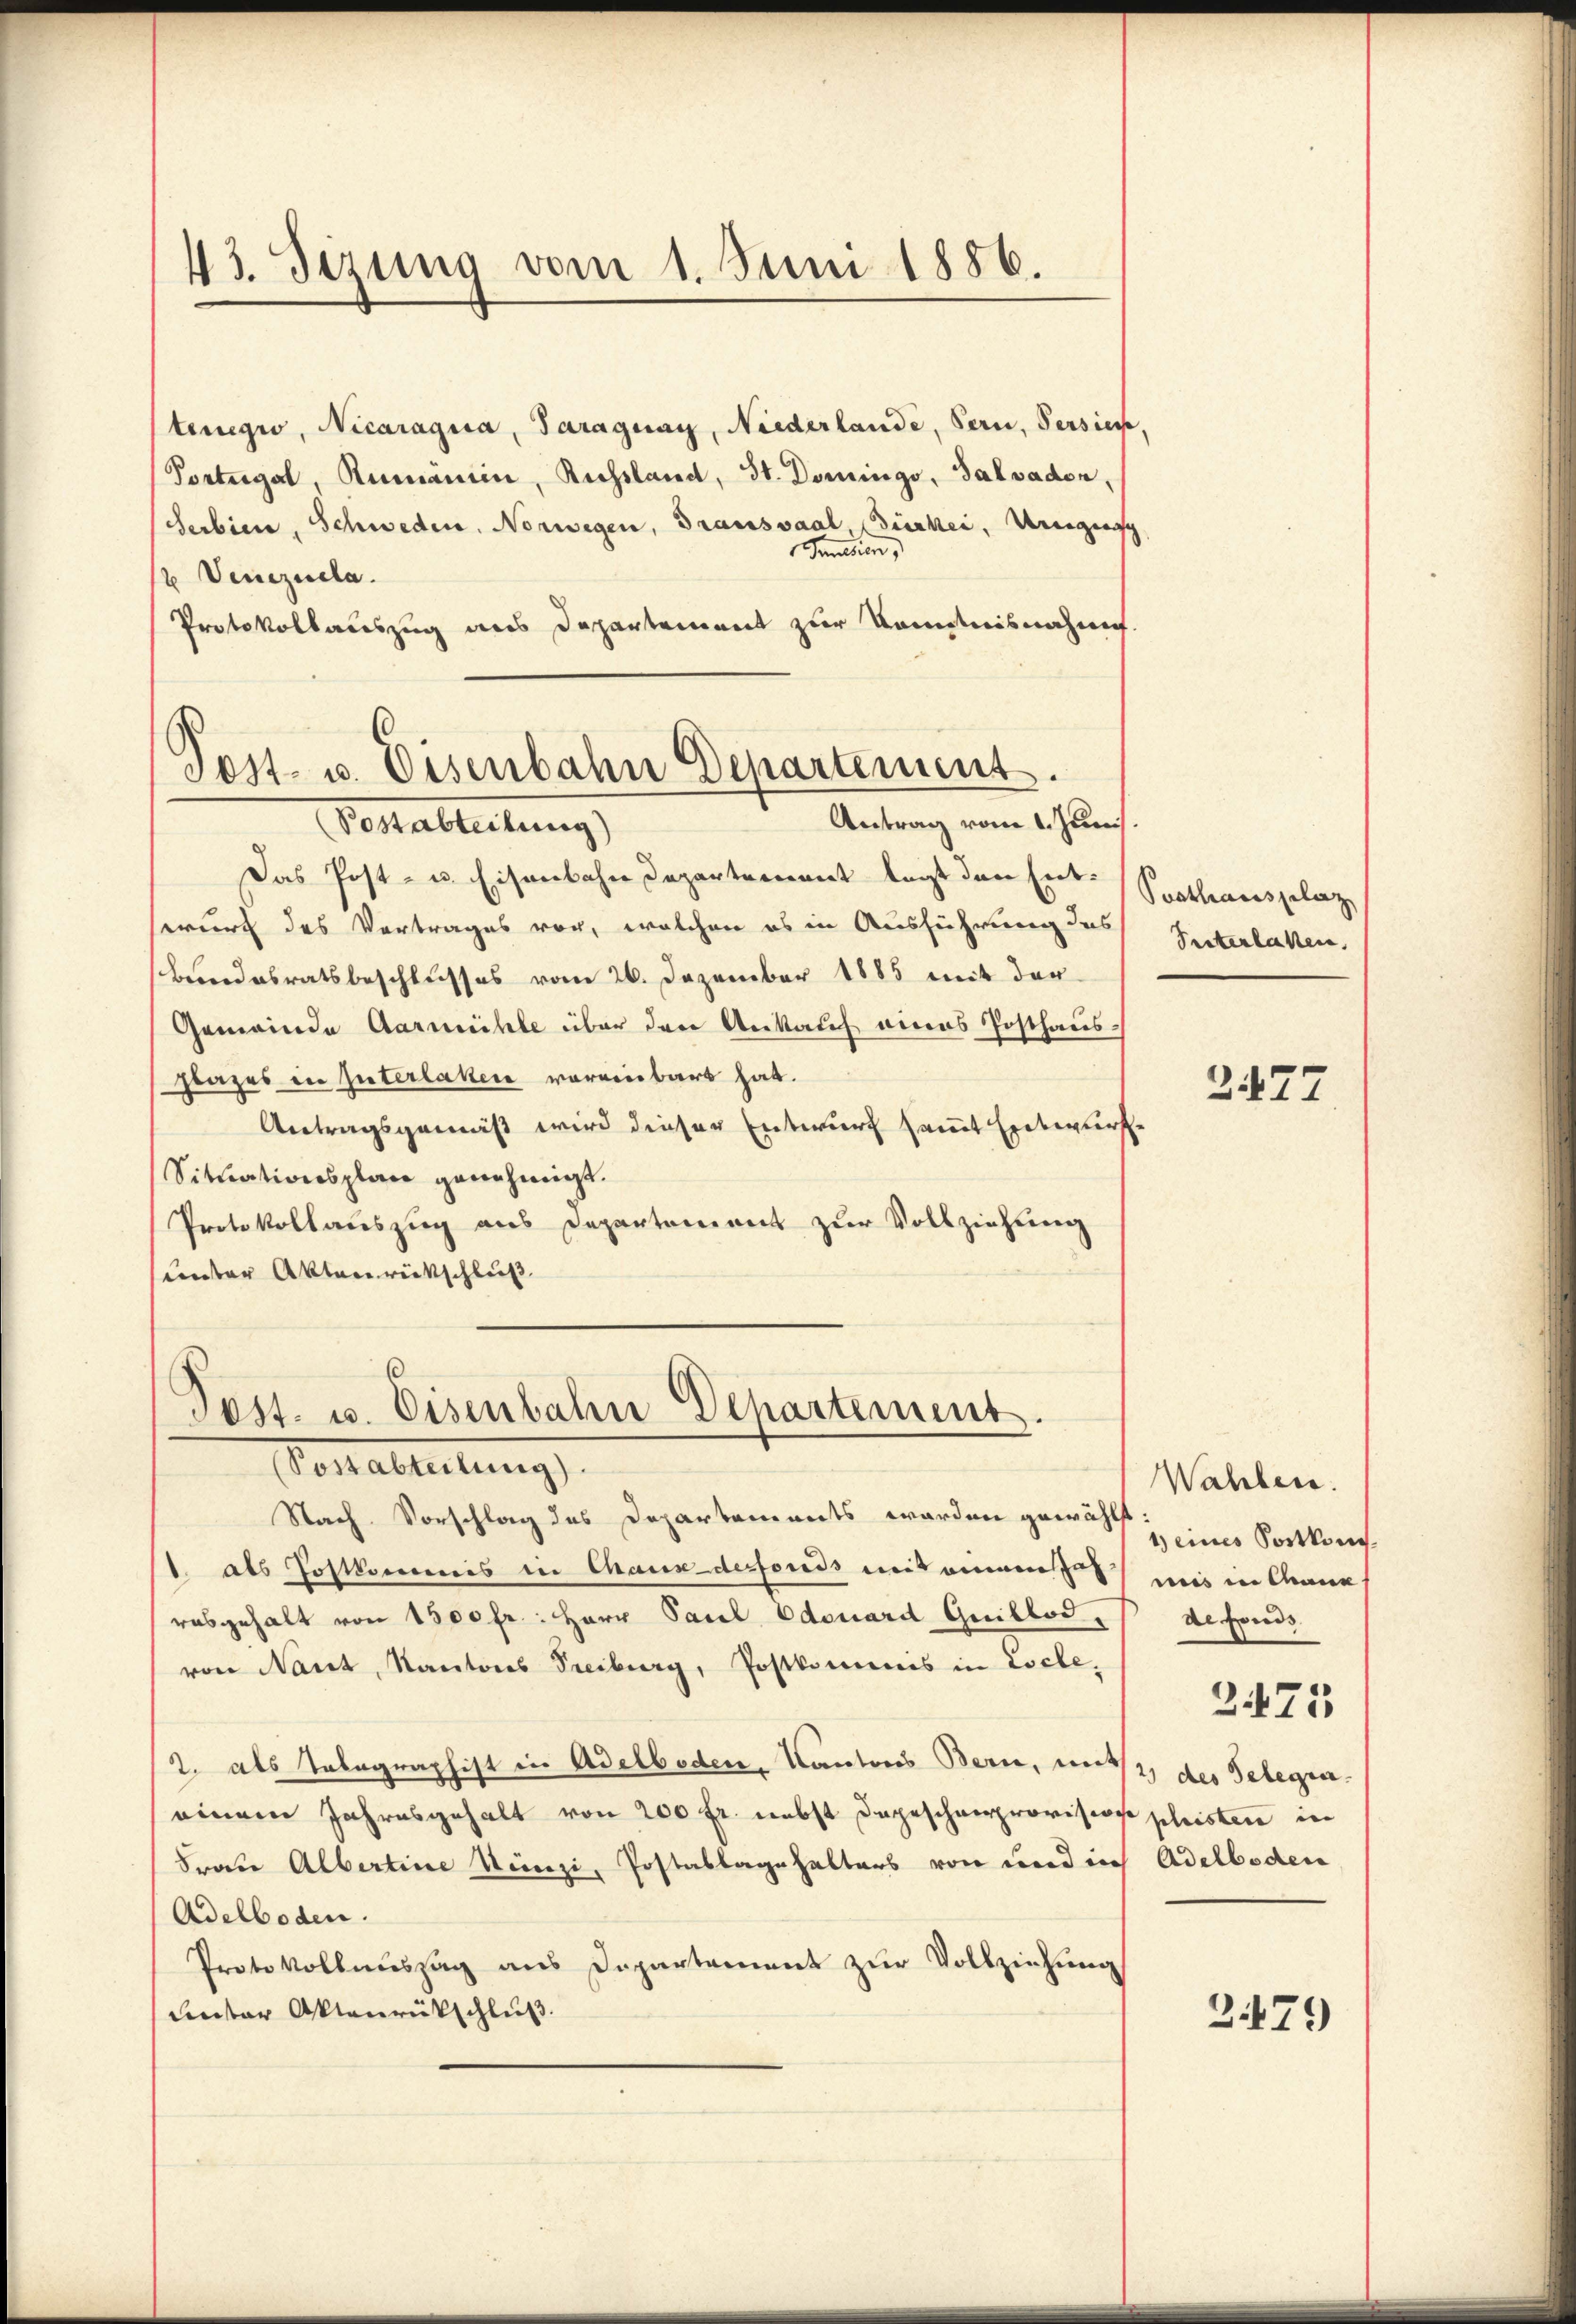
43. Sezung vom 1. Juni 1886.

Pest- u. Eisenbahn Departement.

tenegio, Nicaragia, Paraguay, Niederlande, Bern, Versien,
Portugal, Rumanien, Russland, St. Domings, Salvaden,
Serbien, Schweden, Norwegen, Graussaal, Gierker, Urigensch
Jamesien,
 Venezuela
Protokollauszug aus Departement zur Kenntnisnahme.
Antrag vom 1. Juni.
Vetterbteilung)
Das Post- u. Eisenbahn Departement legt den Entwurt des Vertrages vor, welchen es in Ausführung des
Bundesratsbeschlusses vom 26. Dezember 1885 mit der
Gemeinde Aarmühle über den Ankauf eines Posthaus¬
Flazes in Interlaken voreinbart hat.
Antragsgemäß wird dieser Entwurf sammt Entwurfe
Situationsplane genehmigt.
Protokollauszug aus Departement zur Vollziehung
unter Aktenrückschluß

Pest. u. Eisenbahn Departement.
Pestatteilung

Nach Vorschlag des Departements worden gewählt
1 als Postkommis in Chaux-derfonds mit einem uns in Ann
rabgehalt von 1500 fr.: Herr Pacel Edouard Guillod,
von Nant, Kantons Treiburg, Postkommnis in Loche,
2. als Telegraphist in Adelboden, Kantons Bern, mit, des Gelegen.
einem Jahresgehalt von 200 fr. nebst dageschenprovision phisten in
Frau Albertine Künzi, Postablagehalters von und ich Adelboden
Adelboden.
Protokollaussag aus Departement zur Vollziehung
(unter Aktenrückschluß.

Posthausplaz
Suterlaken,

2477

Wahlen.
1 eines Postkon.
defonds
275

279